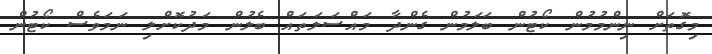
މިގޮތަށް ނިންމުމުން ކޯޓުން ބަލަމުން ގެންދާ މައްސަލަތައް ބެލުން މަދުކޮށްލި ނަމަވެސް ކޯޓުން